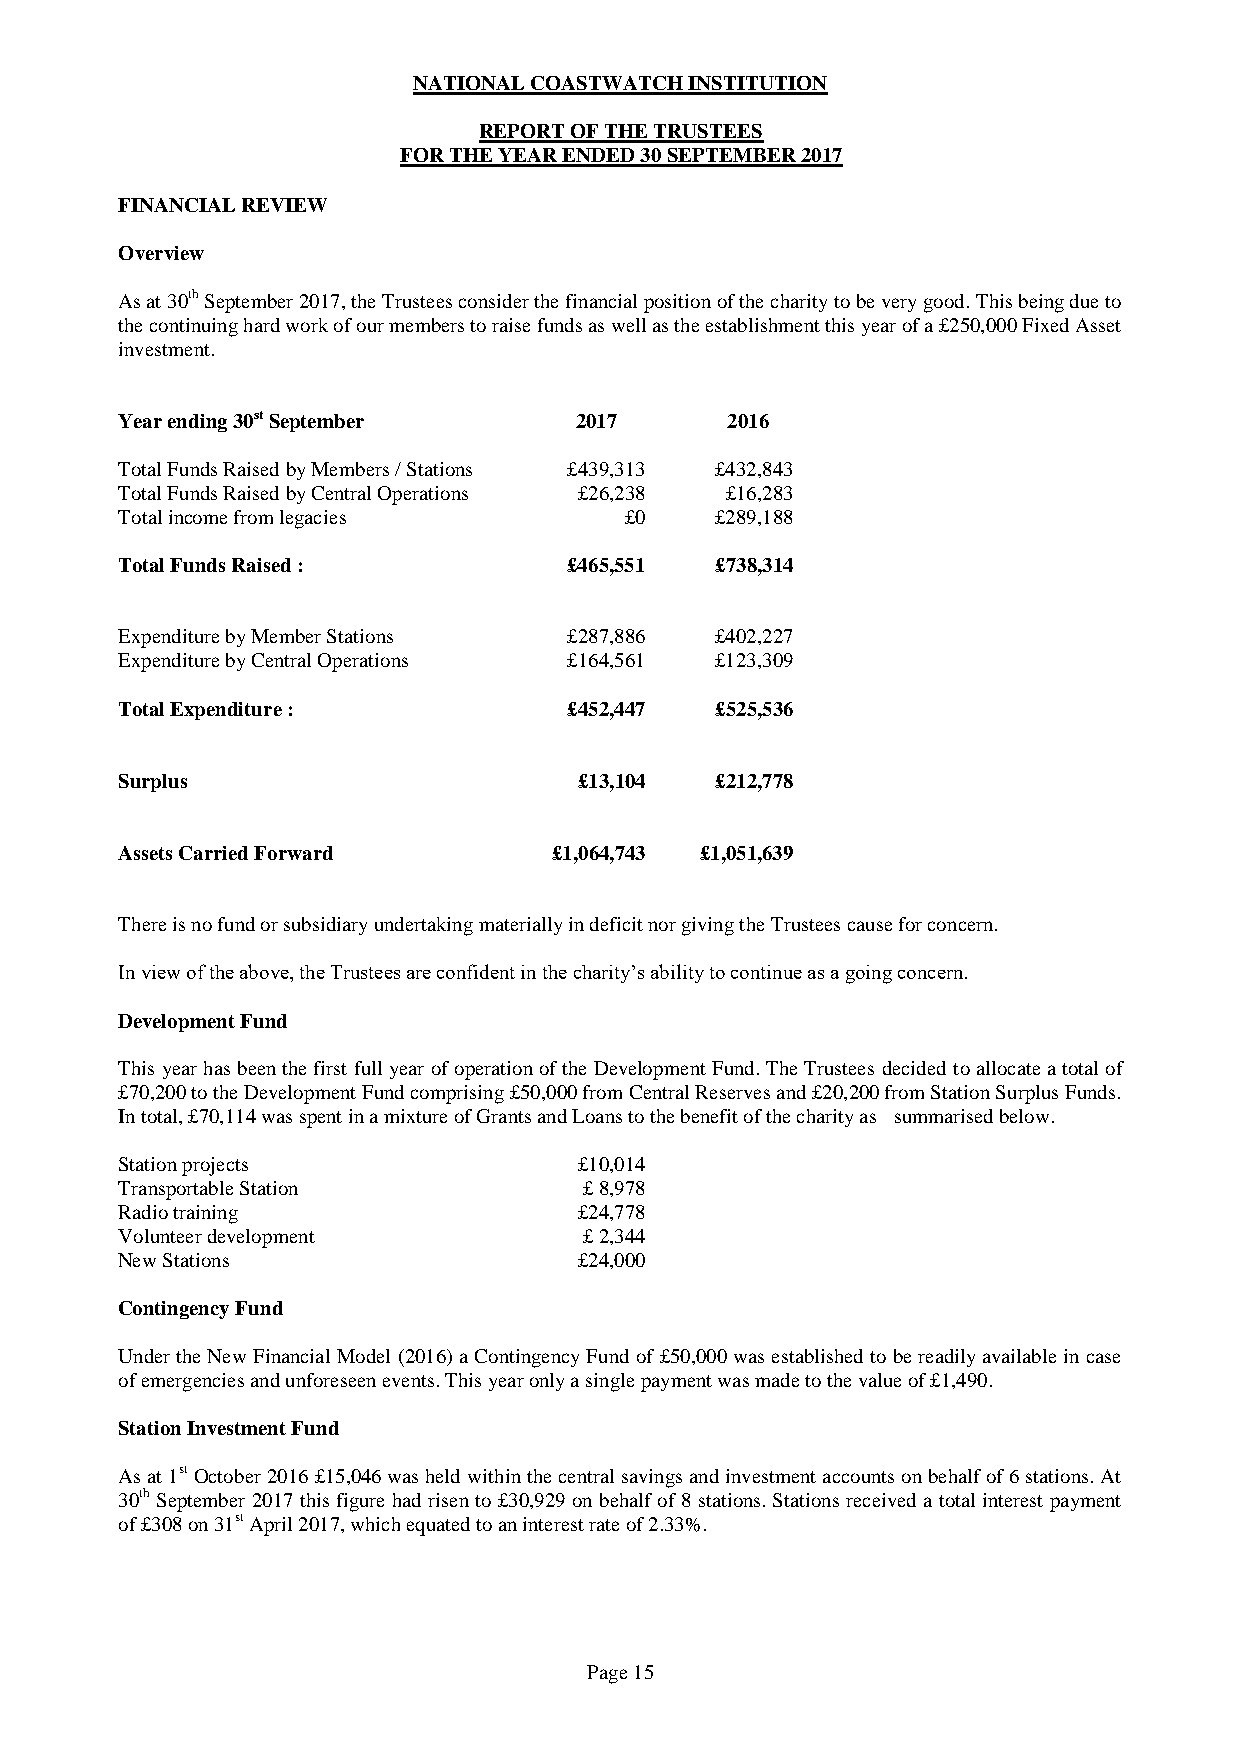
NATIONAL COASTWATCH INSTITUTION
 REPORT OF THE TRUSTEES
 FOR THE YEAR ENDED 30 SEPTEMBER 2017
 FINANCIAL REVIEW
 Overview
 As at 30th September 2017, the Trustees consider the financial position of the charity to be very good. This being due to
 the continuing hard work of our members to raise funds as well as the establishment this year of a £250,000 Fixed Asset
 investment.
 Year ending 30st September    2017      2016
 Total Funds Raised by Members / Stations £439,313 £432,843
 Total Funds Raised by Central Operations £26,238 £16,283
 Total income from legacies       £0    £289,188
 Total Funds Raised :          £465,551 £738,314
 Expenditure by Member Stations £287,886 £402,227
 Expenditure by Central Operations £164,561 £123,309
 Total Expenditure :           £452,447 £525,536
 Surplus                       £13,104  £212,778
 Assets Carried Forward       £1,064,743 £1,051,639
 There is no fund or subsidiary undertaking materially in deficit nor giving the Trustees cause for concern.
 In view of the above, the Trustees are confident in the charity’s ability to continue as a going concern.
 Development Fund
 This year has been the first full year of operation of the Development Fund. The Trustees decided to allocate a total of
 £70,200 to the Development Fund comprising £50,000 from Central Reserves and £20,200 from Station Surplus Funds.
 In total, £70,114 was spent in a mixture of Grants and Loans to the benefit of the charity as summarised below.
 Station projects              £10,014
 Transportable Station          £ 8,978
 Radio training                £24,778
 Volunteer development          £ 2,344
 New Stations                  £24,000
 Contingency Fund
 Under the New Financial Model (2016) a Contingency Fund of £50,000 was established to be readily available in case
 of emergencies and unforeseen events. This year only a single payment was made to the value of £1,490.
 Station Investment Fund
 As at 1st October 2016 £15,046 was held within the central savings and investment accounts on behalf of 6 stations. At
 30th September 2017 this figure had risen to £30,929 on behalf of 8 stations. Stations received a total interest payment
 of £308 on 31st April 2017, which equated to an interest rate of 2.33%.
 Page 15